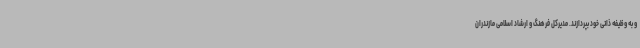
و به وظیفه ذاتی خود بپردازند. مدیرکل فرهنگ و ارشاد اسلامی مازندران